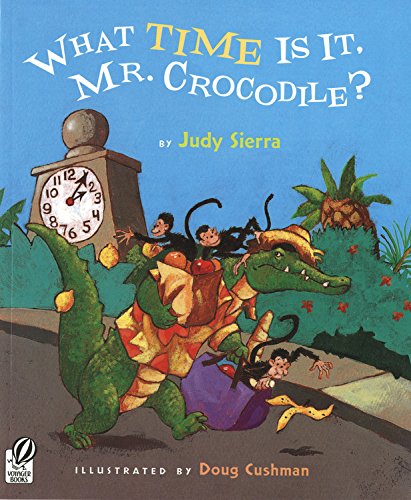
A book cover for What Time Is It, Mr. Crocodile?; Judy Sierra; Children's Books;